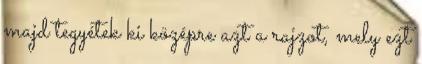
majd tegyétek ki középre azt a rajzot, mely ezt